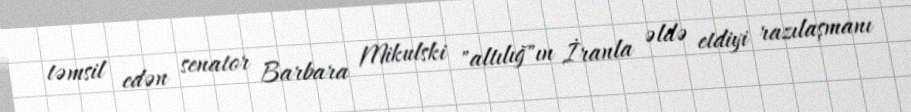
təmsil edən senator Barbara Mikulski "altılığ"ın İranla əldə etdiyi razılaşmanı